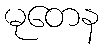
မုတေန